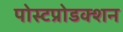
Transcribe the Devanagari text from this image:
पोस्टप्रोडक्शन